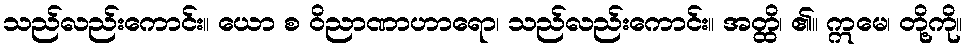
သည်လည်းကောင်း။ ယော စ ဝိညာဏာဟာရော၊ သည်လည်းကောင်း။ အတ္ထိ၊ ၏။ ဣမေ၊ တို့ကို။